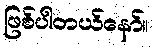
ဖြစ်ပါတယ်နော်။